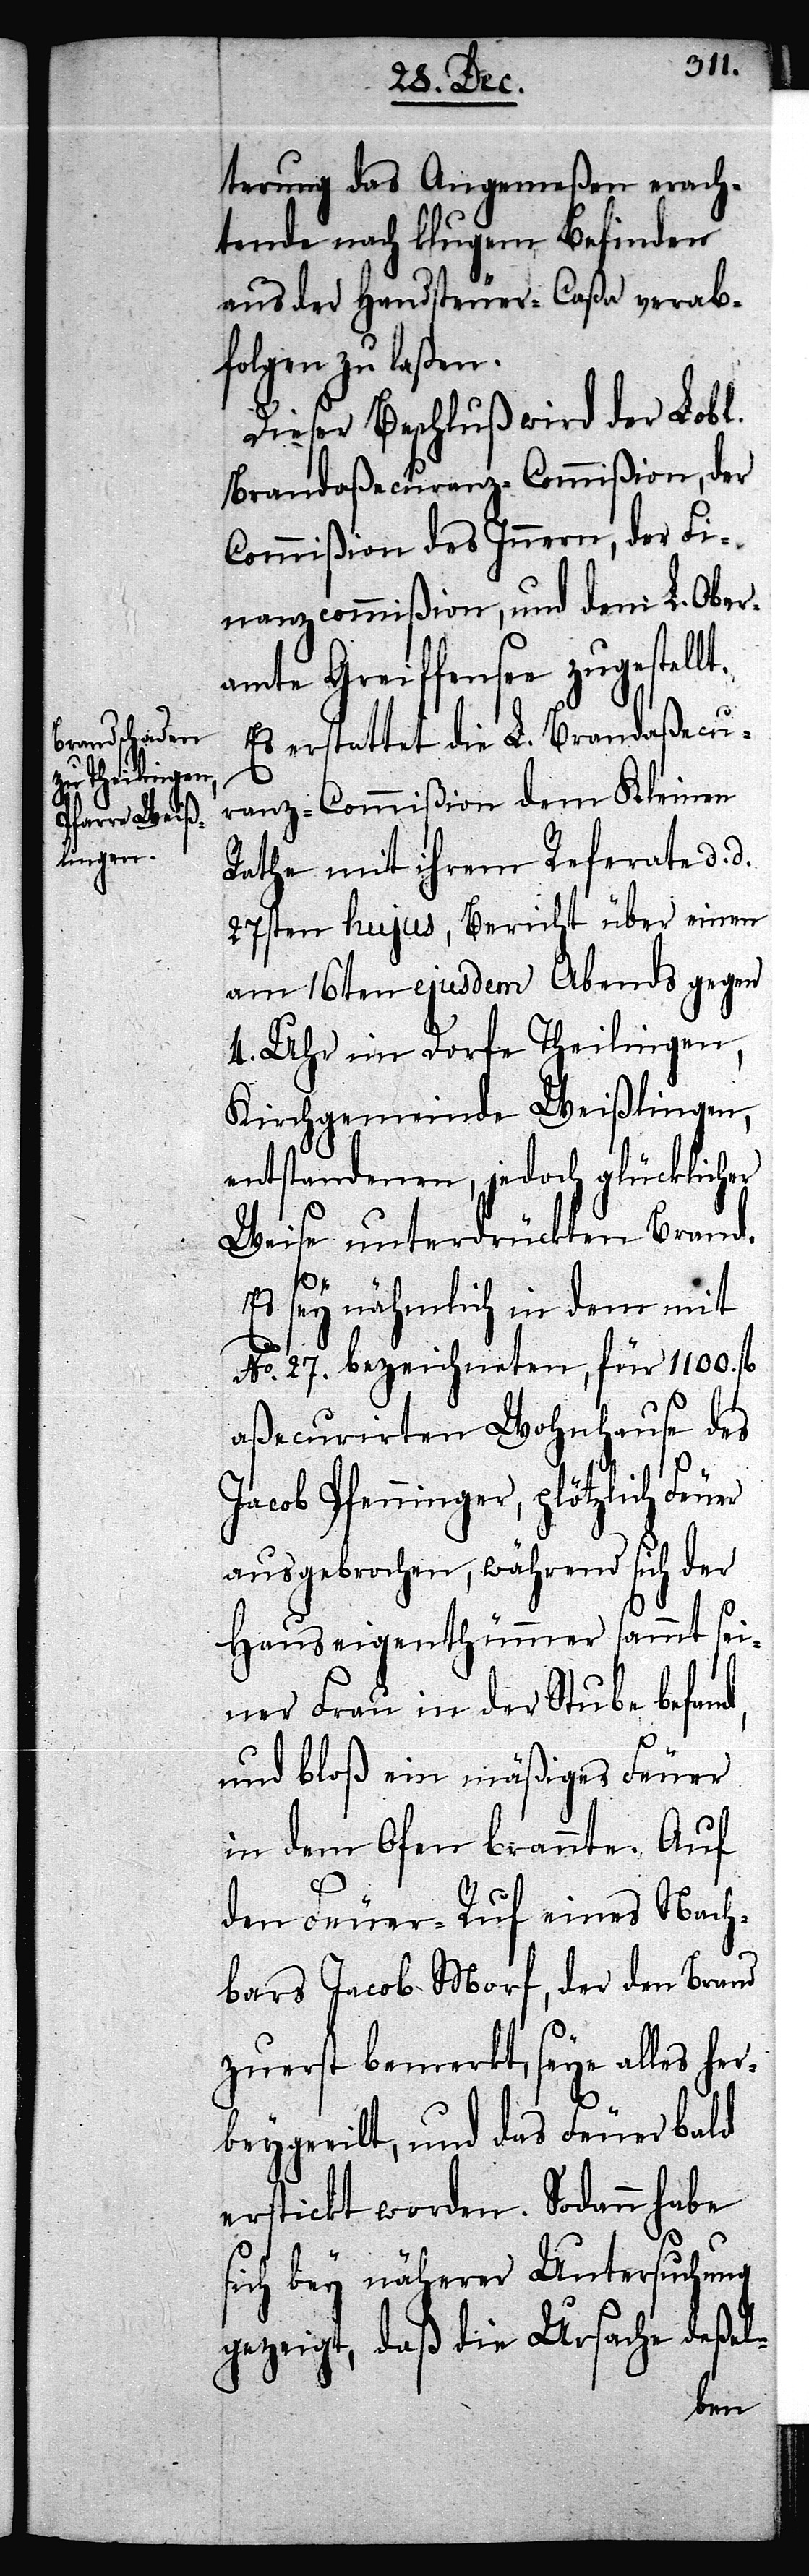
terung das Angemeßen erach¬
tende nach klugem Befinden
aus der Handsteuer-Caßa verab¬
folgen zu laßen.
Dieser Beschluß wird der Lobl.
Brandaßecuranz-Commißion der
Commißion des Innern, der Fi¬
nanzcommißion, und dem L. Ober¬
amte Greiffensee
Es erstattet die L. Brandaßecu¬
ranz-Commißion dem Kleinen
Rathe mit ihrem Referate d. d.
27sten hujus, Bericht über einen
am 16ten ejusdem Abends gegen
4. Uhr im Dorfe Theilingen,
Kirchgemeinde Weißlingen,
entstandenen, jedoch glücklicher
Weise unterdrückten Brand.
Es sey nähmlich in dem mit
No. 27. bezeichneten, für 1100.
aßecurirten Wohnhause des
Jacob Pfenninger, plötzlich Feuer
ausgebrochen, während sich der
Hauseigenthümmer sammt sei¬
ner Frau in der Stube befand,
und bloß ein mäßiges Feuer
in dem Ofen brannte. Auf
den Feuer-Ruf eines Nach¬
bars Jacob Morf, der den Brand
zuerst bemerkt, seye alles her¬
beygeeilt, und das Feuer bald
erstickt worden. Sodann habe
sich bey näherer Untersuchung
gezeigt, daß die Ursache deßel-